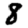
Digit: 8